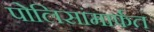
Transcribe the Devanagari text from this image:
पोलिसांमार्फत